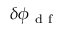
\delta \phi _ { \mathrm { ~ d ~ f ~ } }